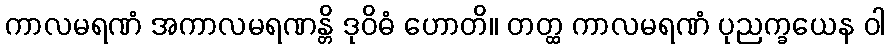
ကာလမရဏံ အကာလမရဏန္တိ ဒုဝိဓံ ဟောတိ။ တတ္ထ ကာလမရဏံ ပုညက္ခယေန ဝါ